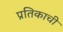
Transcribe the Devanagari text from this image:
प्रतिकाची